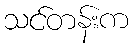
သင်တန်းက